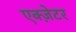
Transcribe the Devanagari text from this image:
एक्ज़ेटर